Scottish Leaving Certificate Examination, 1956
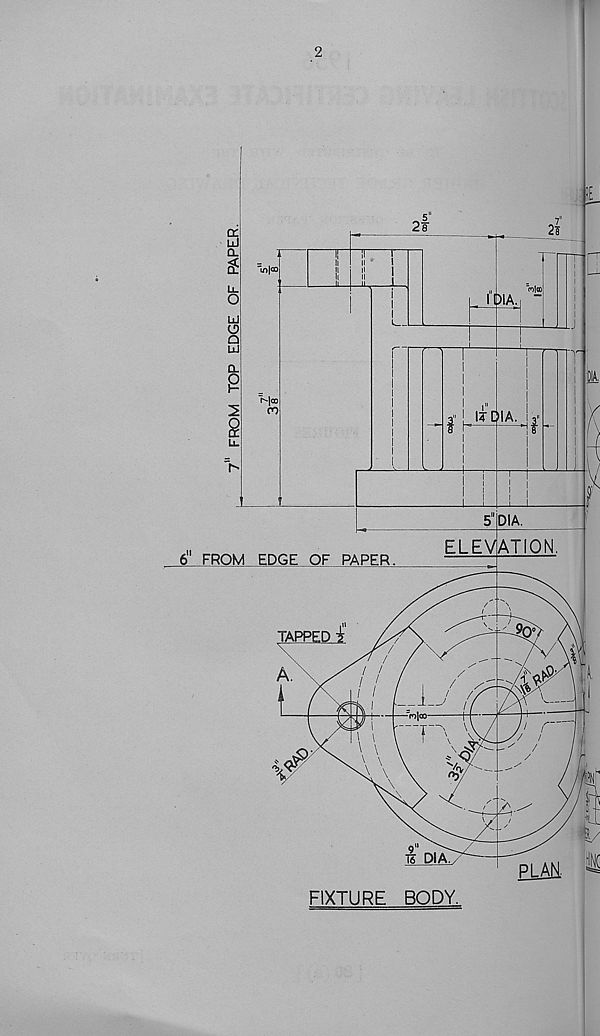
FROM TOP EDGE OF PAPER.
2
'IE
2f'
FIXTURE BODY.